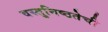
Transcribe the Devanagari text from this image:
वस्तुनिष्ठतेची